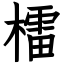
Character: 檑